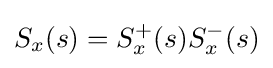
S_{x}(s)=S_{x}^{+}(s)S_{x}^{-}(s)